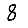
Digit: 8